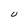
Character: U